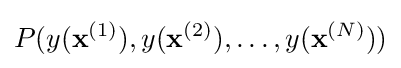
P(y(\mathbf {x} ^{(1)}),y(\mathbf {x} ^{(2)}),\ldots ,y(\mathbf {x} ^{(N)}))